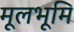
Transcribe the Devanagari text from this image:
मूलभूमि